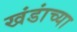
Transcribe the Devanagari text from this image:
खंडांच्‍या